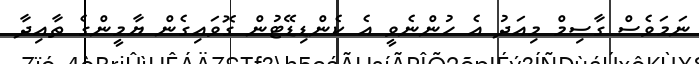
ނަމަވެސް ގާސިމް މިއަދު އެ ހުންނެވީ އެ ކެންޑިޑޭޓުން ގޮވައިގެން ޔާމީންގެ ތާއިދާ